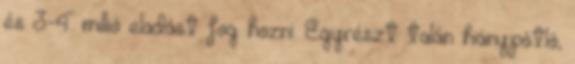
és 3-4 millió eladást fog hozni. Egyrészt talán hiánypótló,